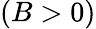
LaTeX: (B>0)